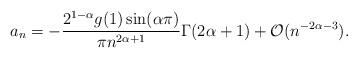
LaTeX: \begin{align*}a_n = - \frac{2^{1-\alpha} g(1) \sin(\alpha\pi) }{\pi n^{2\alpha+1}}\Gamma(2\alpha+1) + \mathcal{O}(n^{-2\alpha-3}).\end{align*}